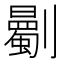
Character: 𠠡